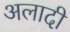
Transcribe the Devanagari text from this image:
अलादी